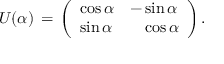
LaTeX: U ( \alpha ) \, = \, \left( \begin{array} { l l } { { \cos { \alpha } } } & { { - \sin { \alpha } } } \\ { { \sin { \alpha } } } & { { \phantom { - } \cos { \alpha } } } \end{array} \right) .